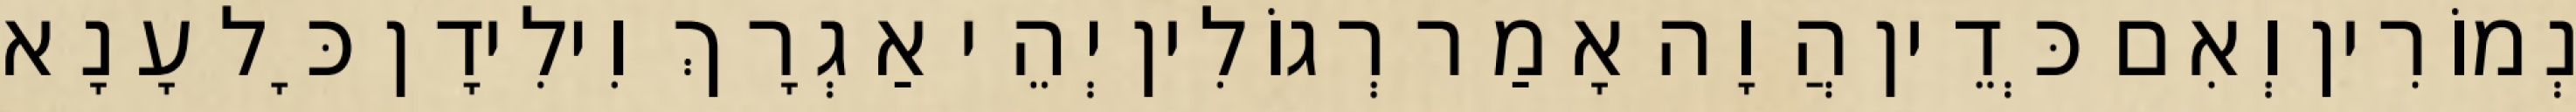
נְמוֹרִין וְאִם כְּדֵין הֲוָה אָמַר רְגוֹלִין יְהֵי אַגְרָךְ וִילִידָן כָּל עָנָא